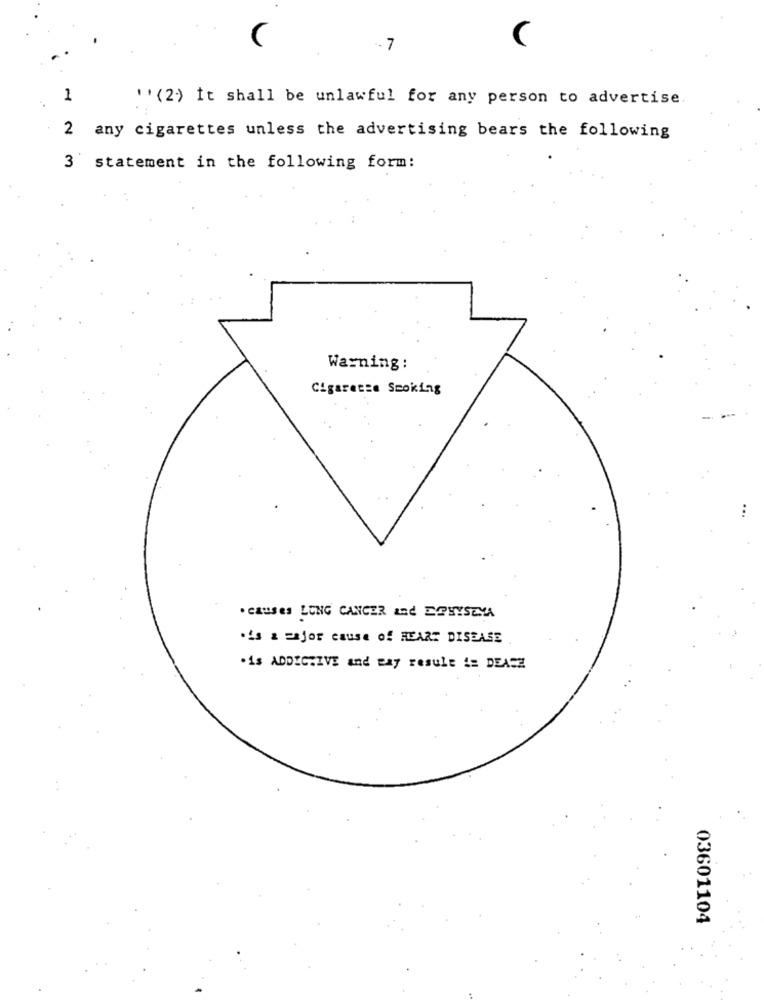
. 7
1
'' (2) it shall be unlawful for any person to advertise
2 any cigarettes unless the advertising bears the following
3 statement in the following form:
Warning:
Cigarette Smoking
. CAUSES LUNG CANCER and EPHYSEYA
·is a major cause of HEART DISEASE
·is ADDICTIVE and way result != DEACE
03601104